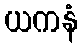
ယကနံ